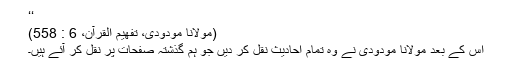
‘‘
(مولانا مودودی، تفهيم القرآن، 6 : 558)
اس کے بعد مولانا مودودی نے وہ تمام احادیث نقل کر دیں جو ہم گذشتہ صفحات پر نقل کر آئے ہیں۔